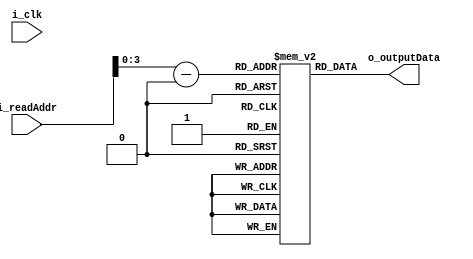
module textRow #(parameter ADDRESS_OFFSET = 0)
                (input i_clk,
                input [7:0] i_readAddr,
                output [7:0] o_outputData);

/* One line buffer - contains char number of each of 16 characters in a row */ 
reg [7:0] textBuffer [0:15];

/* Initialize the memory */
integer i;
initial begin
    for (i=0; i<16; i++) 
    begin
        textBuffer[i] = 48 + ADDRESS_OFFSET + i;
    end
end

assign o_outputData = textBuffer[(i_readAddr - ADDRESS_OFFSET)];

endmodule